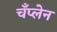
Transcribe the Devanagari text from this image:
चँप्लेन